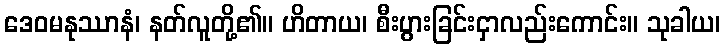
ဒေဝမနုဿာနံ၊ နတ်လူတို့၏။ ဟိတာယ၊ စီးပွားခြင်းငှာလည်းကောင်း။ သုခါယ၊